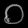
Digit: ၀